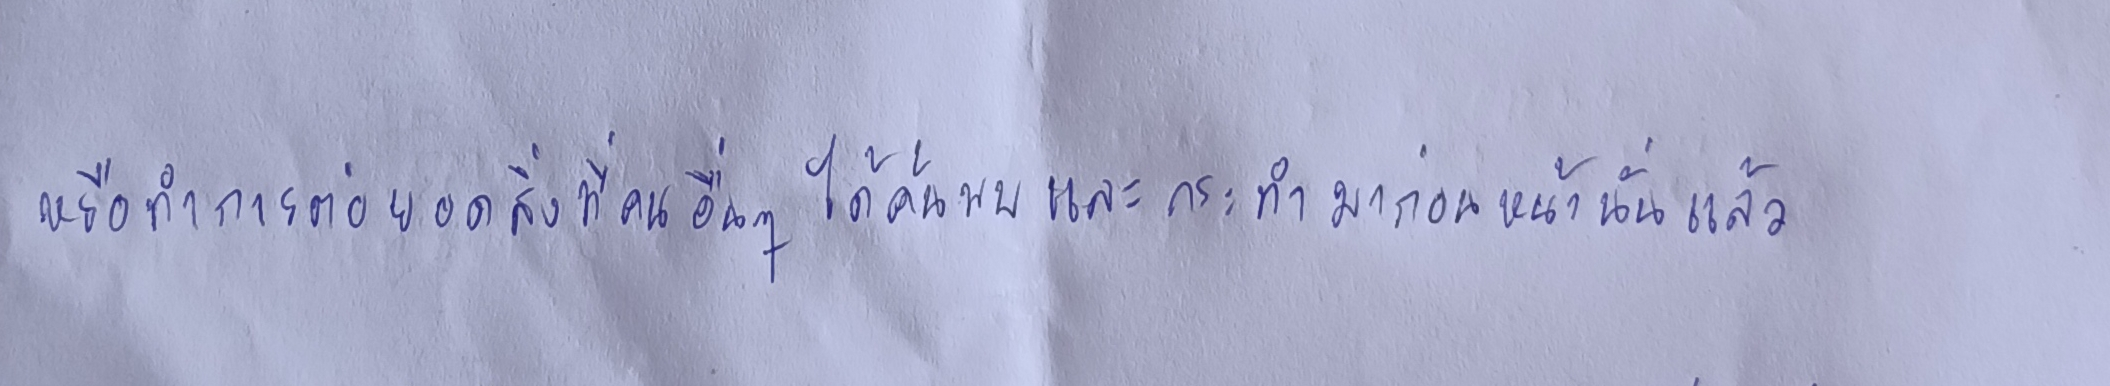
หรือทำการต่อยอดสิ่งที่คนอื่นๆได้ค้นพบและกระทำมาก่อนหน้านั้นแล้ว